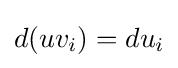
d(uv_{i})=du_{i}